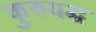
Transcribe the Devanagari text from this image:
कुरुयद्ध